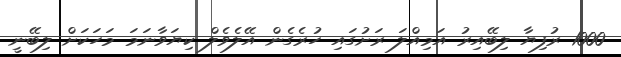
1000 ރުފިޔާ ލިބޭއިރު އަމިއްލަ ރަށުގައި ހުރެގެން އޭލެވެލް ކިޔަވާނަމަ މަހަކަށް ލިބޭނީ